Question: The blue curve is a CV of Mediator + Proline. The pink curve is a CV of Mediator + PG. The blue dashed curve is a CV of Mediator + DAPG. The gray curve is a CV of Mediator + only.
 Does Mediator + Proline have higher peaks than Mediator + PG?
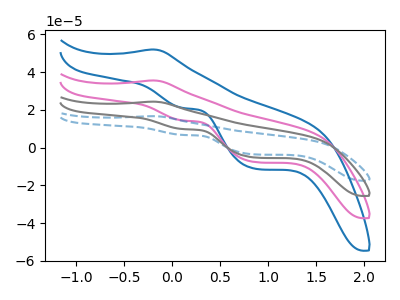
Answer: <think>The blue curve "Mediator + Proline" has an anodic peak at (-0.20V, 52.00uA) and cathodic peaks at (0.10V, 21.00uA) (0.85V, -11.15uA). The pink curve "Mediator + PG" has an anodic peak at (-0.20V, 35.60uA) and cathodic peaks at (0.10V, 14.40uA) (0.85V, -7.65uA). The blue dashed curve "Mediator + DAPG" has an anodic peak at (-0.20V, 106.85uA) and cathodic peaks at (0.10V, 43.15uA) (0.85V, -22.95uA). The gray curve "Mediator + only" has an anodic peak at (-0.20V, 71.25uA) and cathodic peaks at (0.10V, 28.75uA) (0.85V, -15.30uA).</think>
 <answer>The peaks in "Mediator + Proline" are neither all higher or all lower than the peaks in "Mediator + PG".</answer>
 <eval>mixed</eval>